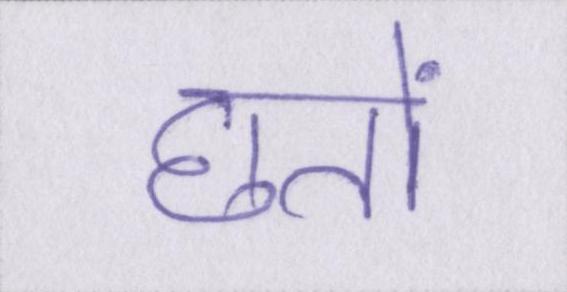
छतों